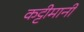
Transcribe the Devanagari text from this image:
कट्टीमानी